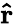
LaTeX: \mathbf{\hat{r}}